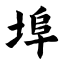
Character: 埠